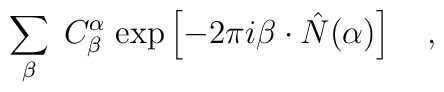
\sum_{\beta}\;C^{\alpha}_{\beta}\;{\rm exp}\left[-2\pi i\beta \cdot \hat{N}(\alpha )\right]\quad ,